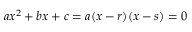
a x ^ { 2 } + b x + c = a ( x - r ) ( x - s ) = 0